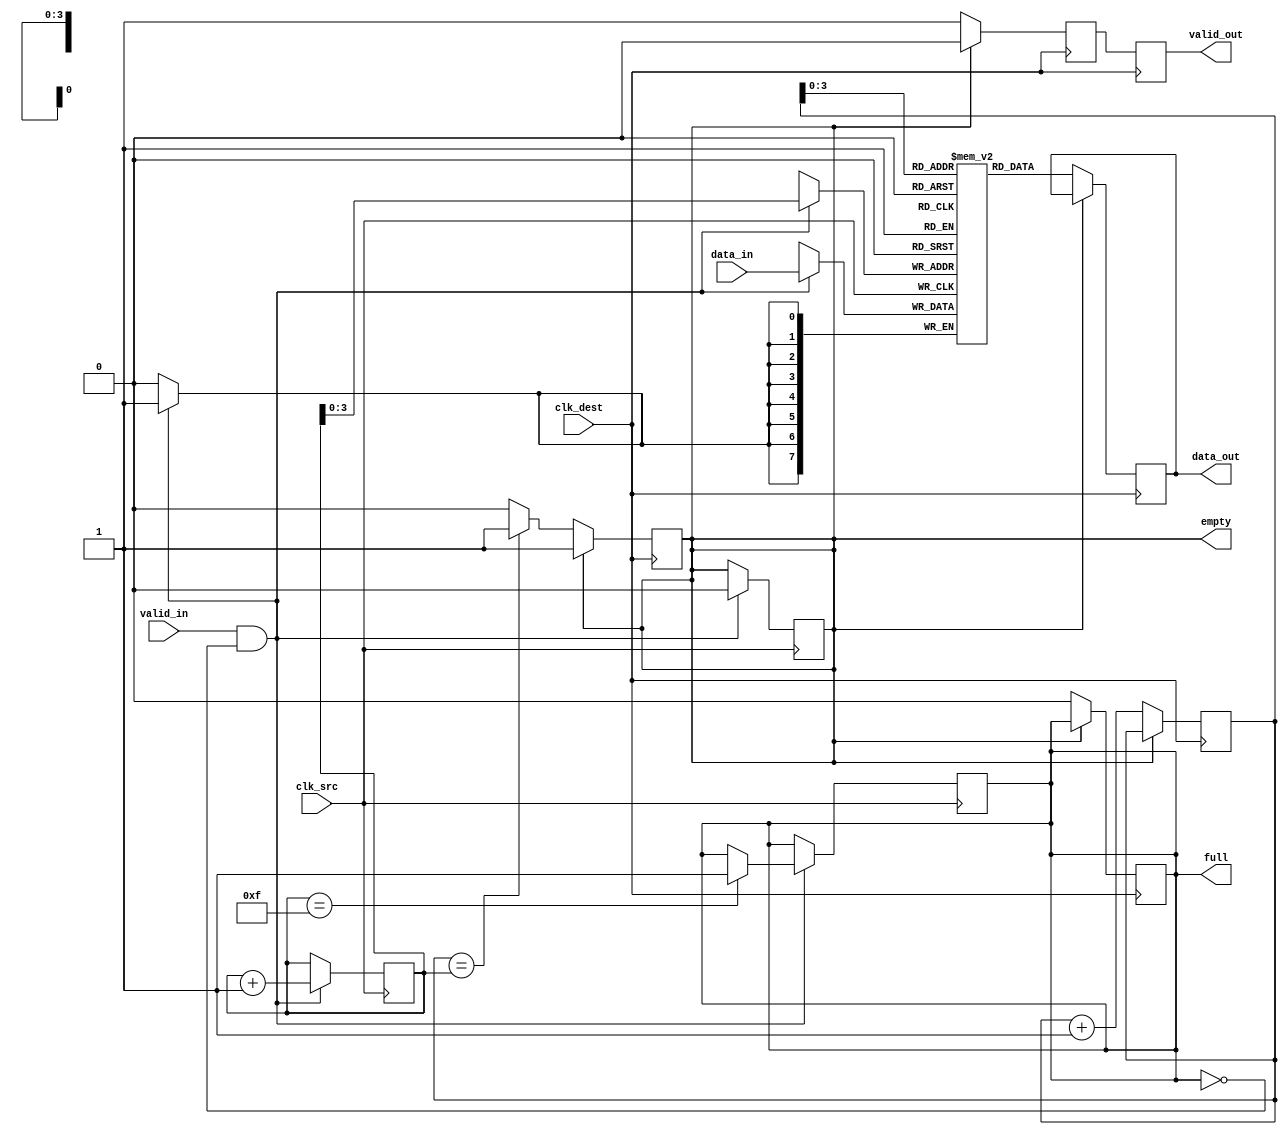
module burst_mode_synchronizer #(
    parameter DATA_WIDTH = 8,     // Width of the data
    parameter FIFO_DEPTH = 16      // Depth of the FIFO buffer
)(
    input wire clk_src,            // Source clock
    input wire clk_dest,           // Destination clock
    input wire [DATA_WIDTH-1:0] data_in, // Data input from source clock domain
    input wire valid_in,           // Valid signal for input data
    output wire [DATA_WIDTH-1:0] data_out, // Data output to destination clock domain
    output wire valid_out,         // Valid signal for output data
    output wire full,              // FIFO full indicator
    output wire empty              // FIFO empty indicator
);

    // FIFO buffer
    reg [DATA_WIDTH-1:0] fifo [0:FIFO_DEPTH-1];
    reg [4:0] write_ptr = 0; // Write pointer
    reg [4:0] read_ptr = 0;  // Read pointer
    reg fifo_full = 0;
    reg fifo_empty = 1;

    // Handshaking signals
    reg data_ready = 0;

    // Write logic in source clock domain
    always @(posedge clk_src) begin
        if (valid_in && !fifo_full) begin
            fifo[write_ptr] <= data_in;
            write_ptr <= write_ptr + 1;
            fifo_empty <= 0;
            if (write_ptr == FIFO_DEPTH - 1) begin
                fifo_full <= 1;
            end
        end
    end

    // Read logic in destination clock domain
    always @(posedge clk_dest) begin
        if (!fifo_empty) begin
            data_out <= fifo[read_ptr];
            read_ptr <= read_ptr + 1;
            data_ready <= 1;
            fifo_full <= 0;
            if (read_ptr == write_ptr) begin
                fifo_empty <= 1;
            end
        end else begin
            data_ready <= 0;
        end
    end

    // Synchronization stage to prevent metastability
    reg [DATA_WIDTH-1:0] sync_data;
    reg sync_valid;

    always @(posedge clk_dest) begin
        sync_data <= data_out;
        sync_valid <= data_ready;
    end

    // Output valid signal
    assign valid_out = sync_valid;

    // FIFO status signals
    assign full = fifo_full;
    assign empty = fifo_empty;

endmodule